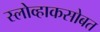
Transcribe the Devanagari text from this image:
स्लोव्हाकसोबत